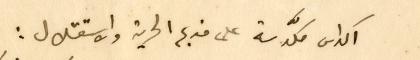
اكداس مكدَّسة على مذبح الحرية والاستقلال :